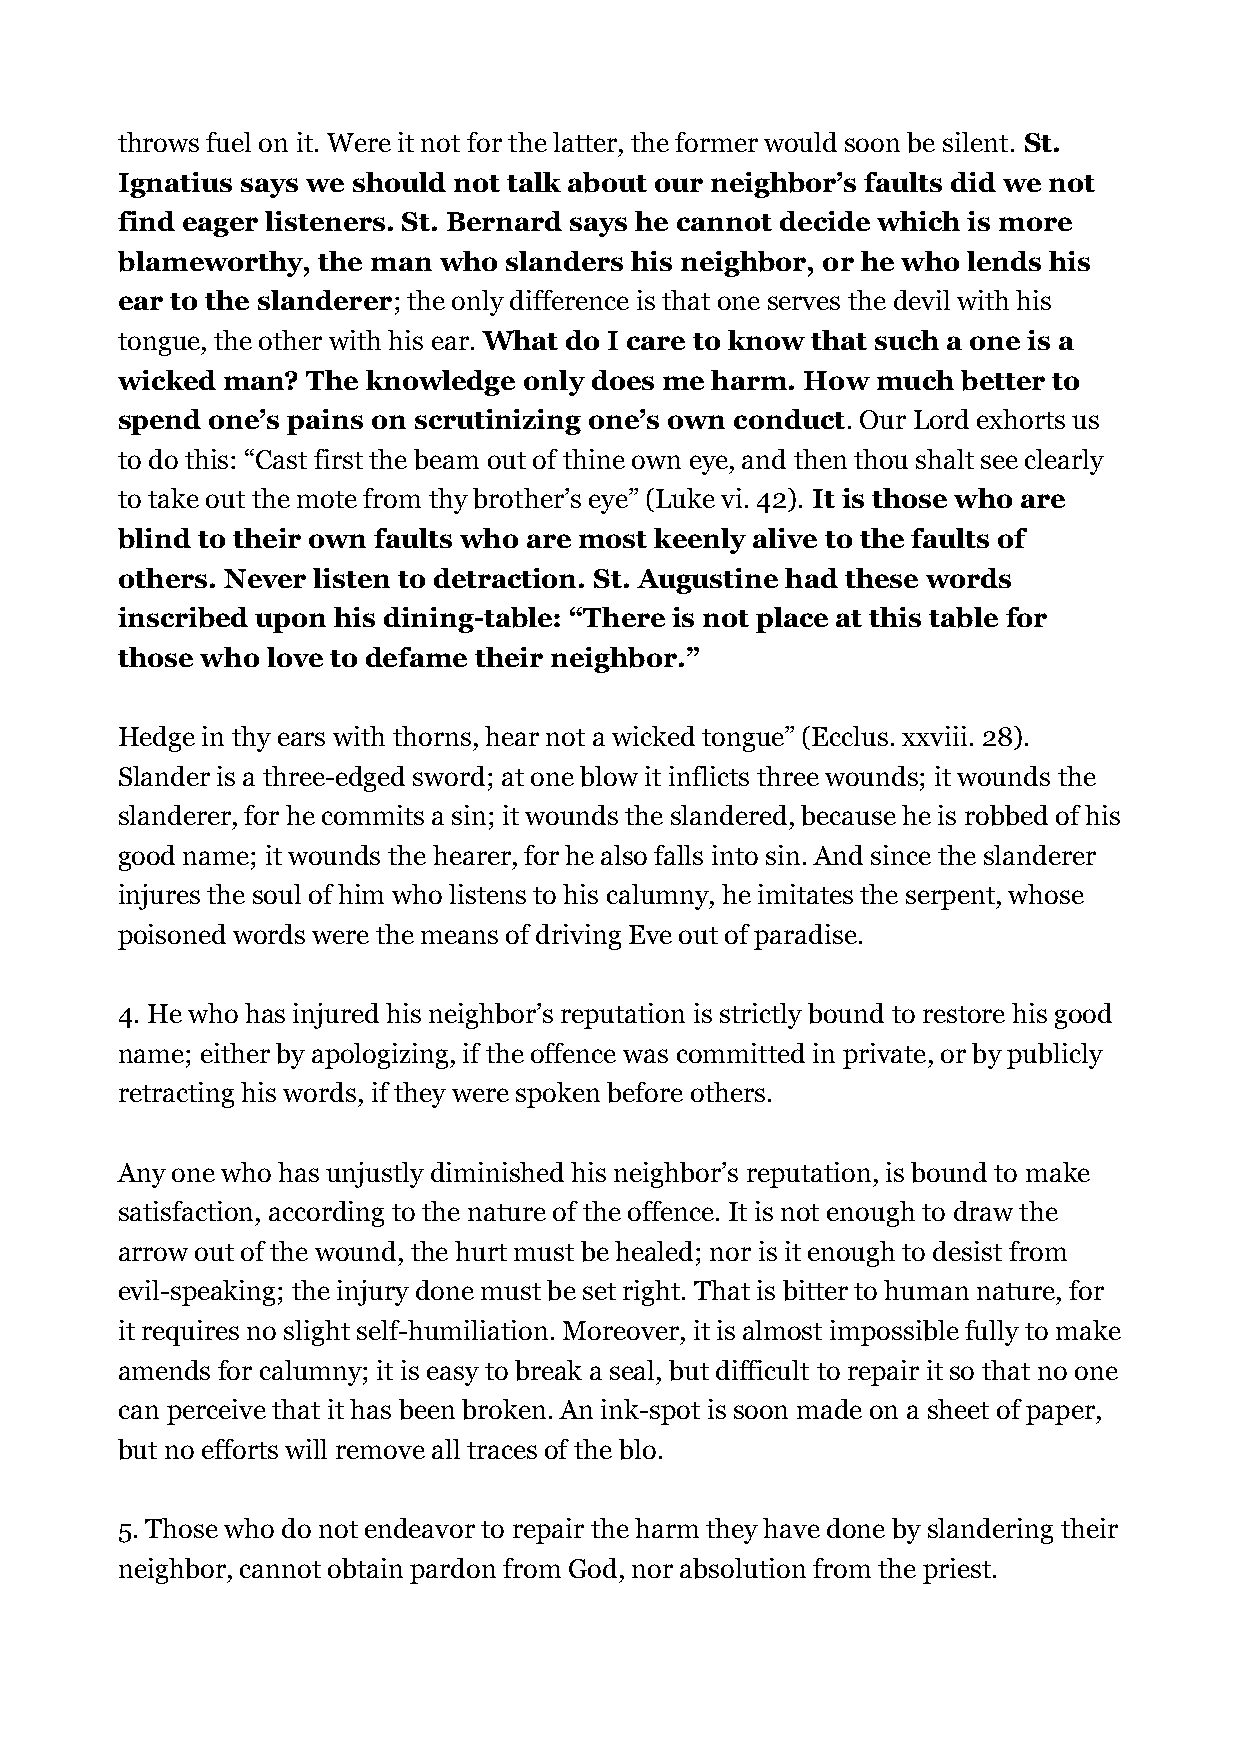
throws fuel on it. Were it not for the latter, the former would soon be silent. St.
 Ignatius says we should not talk about our neighbor’s faults did we not
 find eager listeners. St. Bernard says he cannot decide which is more
 blameworthy, the man who slanders his neighbor, or he who lends his
 ear to the slanderer; the only difference is that one serves the devil with his
 tongue, the other with his ear. What do I care to know that such a one is a
 wicked man? The knowledge  only does me harm. How much  better to
 spend one’s pains on scrutinizing one’s own conduct. Our Lord exhorts us
 to do this: “Cast first the beam out of thine own eye, and then thou shalt see clearly
 to take out the mote from thy brother’s eye” (Luke vi. 42). It is those who are
 blind to their own faults who are most keenly alive to the faults of
 others. Never listen to detraction. St. Augustine had these words
 inscribed upon his dining-table: “There is not place at this table for
 those who love to defame their neighbor.”
 Hedge in thy ears with thorns, hear not a wicked tongue” (Ecclus. xxviii. 28).
 Slander is a three-edged sword; at one blow it inflicts three wounds; it wounds the
 slanderer, for he commits a sin; it wounds the slandered, because he is robbed of his
 good name; it wounds the hearer, for he also falls into sin. And since the slanderer
 injures the soul of him who listens to his calumny, he imitates the serpent, whose
 poisoned words were the means of driving Eve out of paradise.
 4. He who has injured his neighbor’s reputation is strictly bound to restore his good
 name; either by apologizing, if the offence was committed in private, or by publicly
 retracting his words, if they were spoken before others.
 Any one who has unjustly diminished his neighbor’s reputation, is bound to make
 satisfaction, according to the nature of the offence. It is not enough to draw the
 arrow out of the wound, the hurt must be healed; nor is it enough to desist from
 evil-speaking; the injury done must be set right. That is bitter to human nature, for
 it requires no slight self-humiliation. Moreover, it is almost impossible fully to make
 amends for calumny; it is easy to break a seal, but difficult to repair it so that no one
 can perceive that it has been broken. An ink-spot is soon made on a sheet of paper,
 but no efforts will remove all traces of the blo.
 5. Those who do not endeavor to repair the harm they have done by slandering their
 neighbor, cannot obtain pardon from God, nor absolution from the priest.